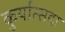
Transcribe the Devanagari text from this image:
कुर्यात्सदा